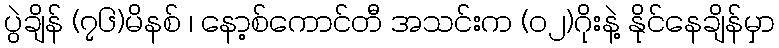
ပွဲချိန် (၇၆)မိနစ် ၊ နော့စ်ကောင်တီ အသင်းက (ဝ၂)ဂိုးနဲ့ နိုင်နေချိန်မှာ